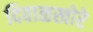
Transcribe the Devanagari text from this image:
दिवाळखोरे